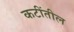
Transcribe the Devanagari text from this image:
कटींतील